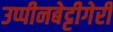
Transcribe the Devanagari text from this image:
उप्पीनबेट्टीगेरी